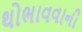
થોભાવવાની